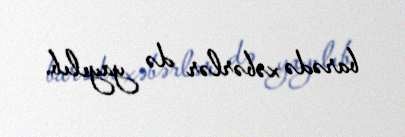
barədə xəbərlər də yayılıb.